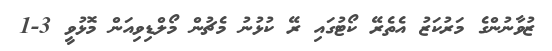
ޒުވާނުންގެ މަރުކަޒު އެތެރޭ ކޯޓުގައި ރޭ ކުޅުނު މެޗުން މޯލްޑިވިއަން މޮޅުވީ 3-1